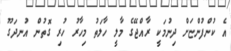
އެ ކުންފުންޏަށް ދިނުމަކީ ރާއްޖޭގެ މާލީ ހާލަތު މިހާރު ހުރި ގޮތުން އުނދަގޫ